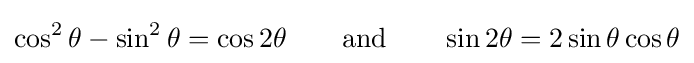
\cos ^{2}\theta -\sin ^{2}\theta =\cos 2\theta \qquad {\text{and}}\qquad \sin 2\theta =2\sin \theta \cos \theta